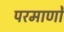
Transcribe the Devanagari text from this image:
परमाणों